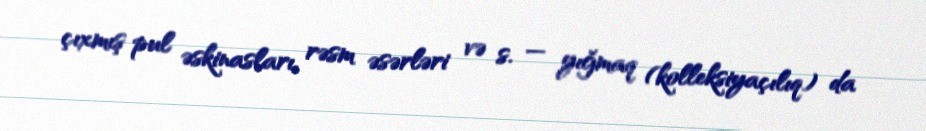
çıxmış pul əskinasları, rəsm əsərləri və s. — yığmaq (kolleksiyaçılıq) da